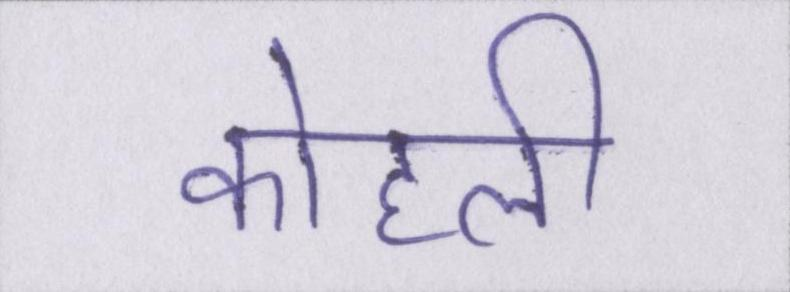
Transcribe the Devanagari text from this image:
कोहली